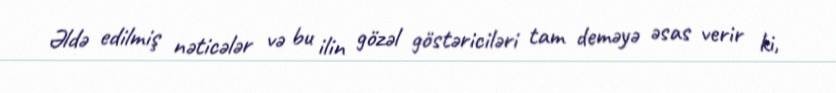
Əldə edilmiş nəticələr və bu ilin gözəl göstəriciləri tam deməyə əsas verir ki,